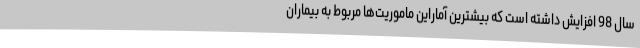
سال 98 افزایش داشته است که بیشترین آماراین ماموریت‌ها مربوط به بیماران